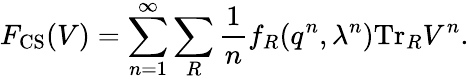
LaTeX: F_{\mathrm{CS}}(V)=\sum_{n=1}^{\infty}\sum_{R}{\frac{1}{n}}f_{R}(q^{n},\lambda^{n})\mathrm{Tr}_{R}V^{n}.